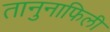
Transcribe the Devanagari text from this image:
तानुनाफिली